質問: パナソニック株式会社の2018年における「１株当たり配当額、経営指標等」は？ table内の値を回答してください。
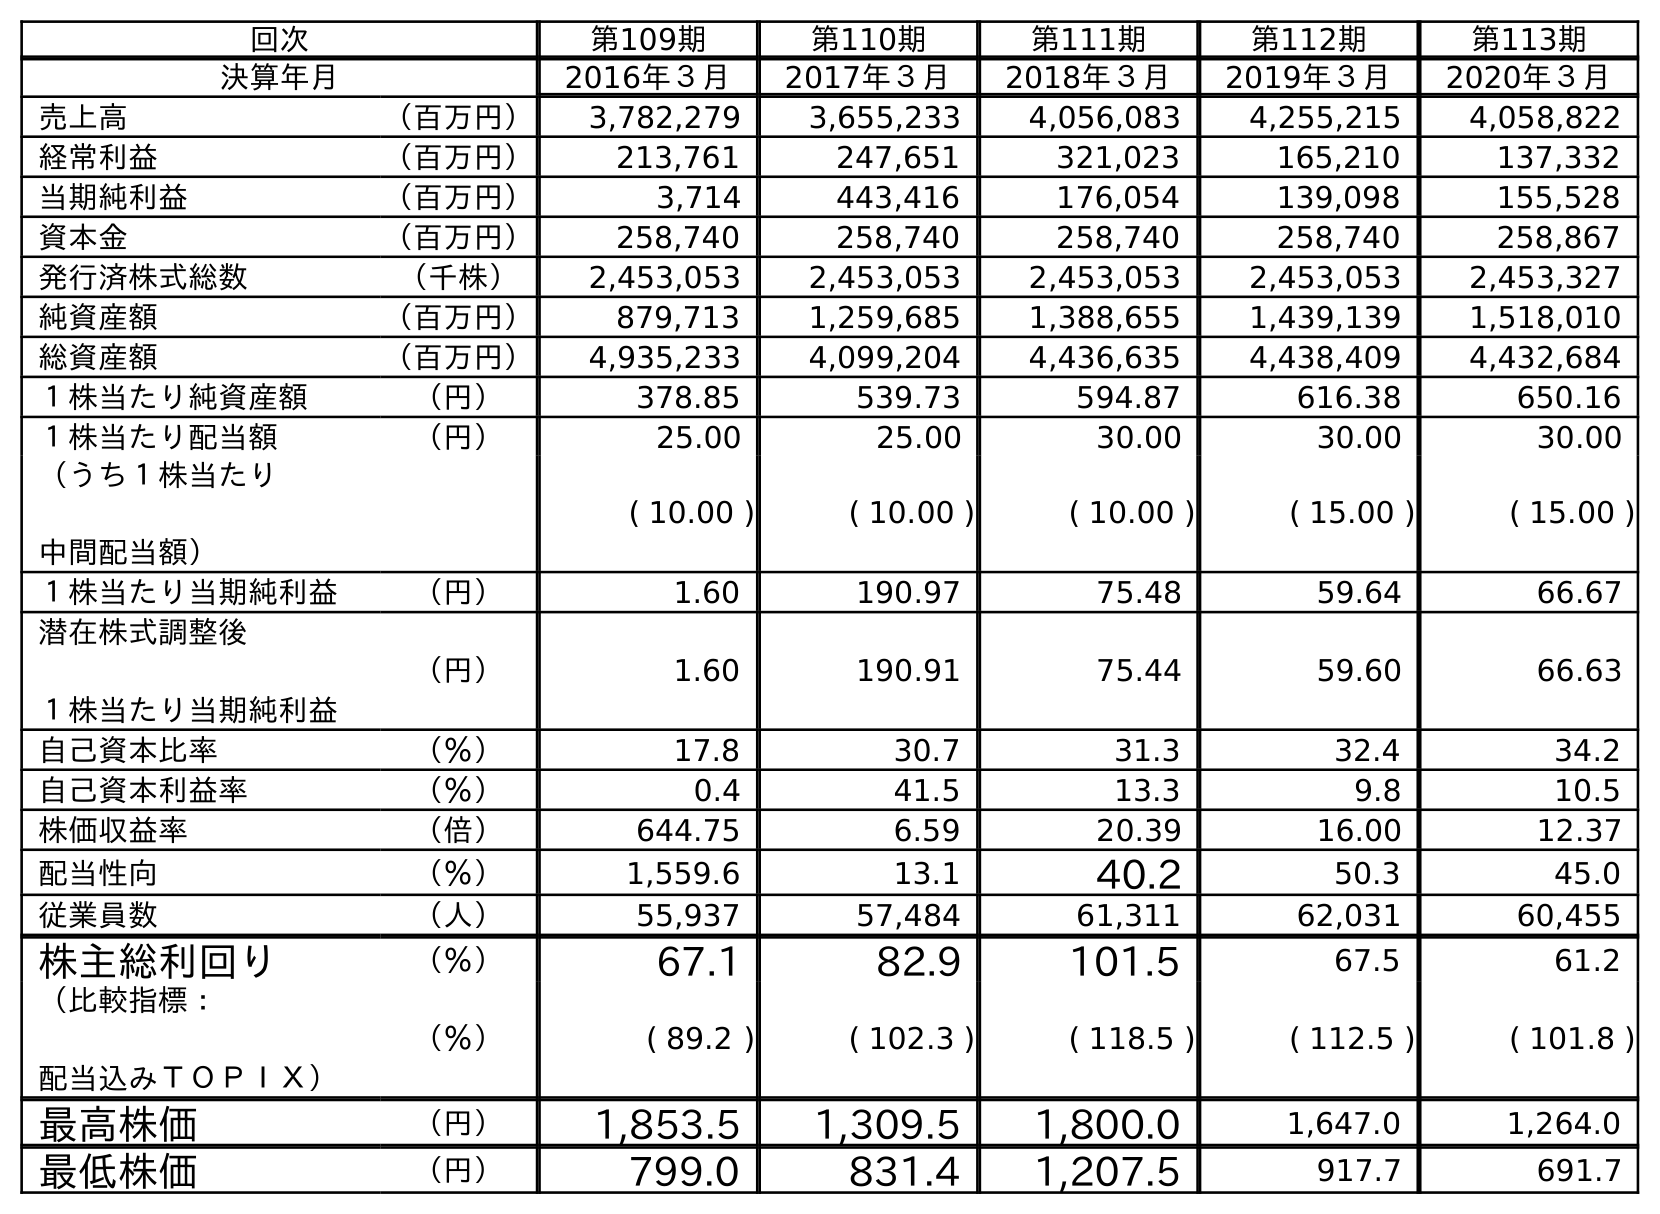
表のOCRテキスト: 回次 第109期 第110期 第111期 第112期 第113期 決算年月 2016年３月 2017年３月 2018年３月 2019年３月 2020年３月 売上高 （百万円） 3,782,279 3,655,233 4,056,083 4,255,215 4,058,822 経常利益 （百万円） 213,761 247,651 321,023 165,210 137,332 当期純利益 （百万円） 3,714 443,416 176,054 139,098 155,528 資本金 （百万円） 258,740 258,740 258,740 258,740 258,867 発行済株式総数 （千株） 2,453,053 2,453,053 2,453,053 2,453,053 2,453,327 純資産額 （百万円） 879,713 1,259,685 1,388,655 1,439,139 1,518,010 総資産額 （百万円） 4,935,233 4,099,204 4,436,635 4,438,409 4,432,684 １株当たり純資産額 （円） 378.85 539.73 594.87 616.38 650.16 １株当たり配当額 （円） 25.00 25.00 30.00 30.00 30.00 （うち１株当たり 中間配当額） ( 10.00 ) ( 10.00 ) ( 10.00 ) ( 15.00 ) ( 15.00 ) １株当たり当期純利益 （円） 1.60 190.97 75.48 59.64 66.67 潜在株式調整後 １株当たり当期純利益 （円） 1.60 190.91 75.44 59.60 66.63 自己資本比率 （％） 17.8 30.7 31.3 32.4 34.2 自己資本利益率 （％） 0.4 41.5 13.3 9.8 10.5 株価収益率 （倍） 644.75 6.59 20.39 16.00 12.37 配当性向 （％） 1,559.6 13.1 40.2 50.3 45.0 従業員数 （人） 55,937 57,484 61,311 62,031 60,455 株主総利回り （％） 67.1 82.9 101.5 67.5 61.2 （比較指標： 配当込みＴＯＰＩＸ） （％） ( 89.2 ) ( 102.3 ) ( 118.5 ) ( 112.5 ) ( 101.8 ) 最高株価 （円） 1,853.5 1,309.5 1,800.0 1,647.0 1,264.0 最低株価 （円） 799.0 831.4 1,207.5 917.7 691.7
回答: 30.00